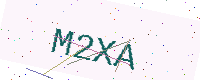
Text: M2XA